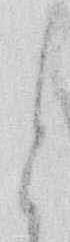
と